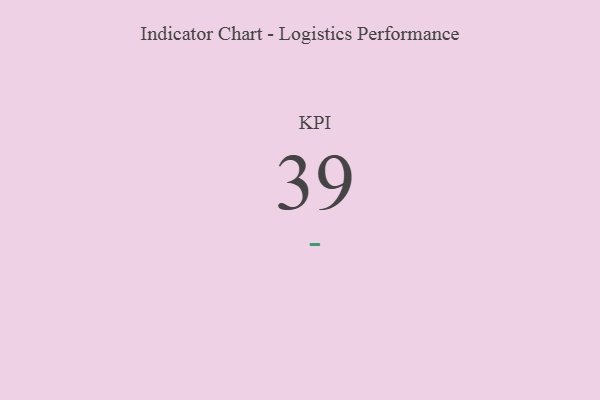
{"axis": {"x": "KPI", "y": "Value"}, "legend": [""], "data": [{"x": "KPI", "y": 39, "type": ""}]}